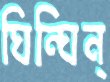
ঘিন্‌ঘিন্‌